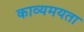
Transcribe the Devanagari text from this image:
काव्यमयता